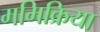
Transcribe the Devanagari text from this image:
ममिक्रिया